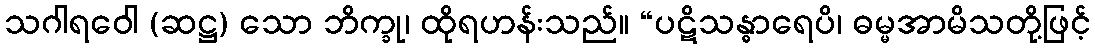
သဂါရဝေါ (ဆဋ္ဌ) သော ဘိက္ခု၊ ထိုရဟန်းသည်။ “ပဋိသန္ဓာရေပိ၊ ဓမ္မအာမိသတို့ဖြင့်